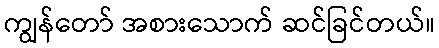
ကျွန်တော် အစားသောက် ဆင်ခြင်တယ်။